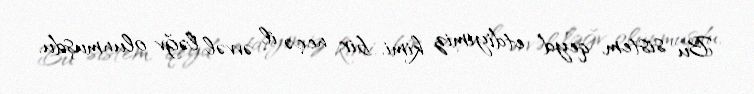
Bu sistem, qeyd etdiyimiz kimi, bir neçə il əvvəl ləğv olunmuşdu,